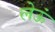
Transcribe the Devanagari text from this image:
लेऊं